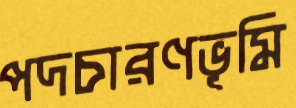
পদচারণভূমি